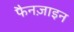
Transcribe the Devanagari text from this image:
फैनज़ाइन